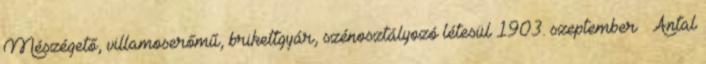
Mészégető, villamoserőmű, brikettgyár, szénosztályozó létesül 1903. szeptember – Antal